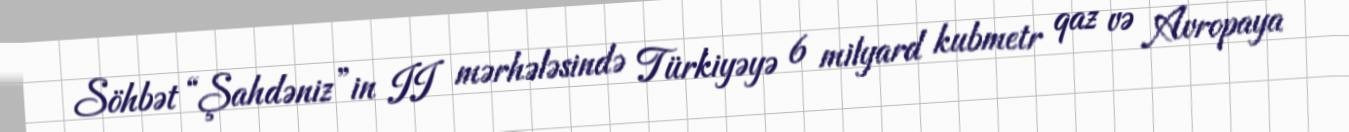
Söhbət “Şahdəniz”in II mərhələsində Türkiyəyə 6 milyard kubmetr qaz və Avropaya